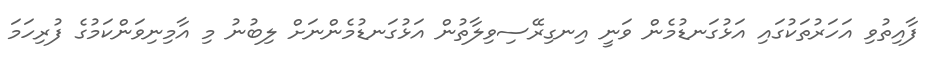
ފާއިތުވި އަހަރުތަކުގައި އަޅުގަނޑުމެން ވަނީ އިނގިރޭސިވިލާތުން އަޅުގަނޑުމެންނަށް ލިބުނު މި އާމިނިވަންކަމުގެ ފުރިހަމަ